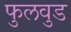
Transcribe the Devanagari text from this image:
फुलवुड